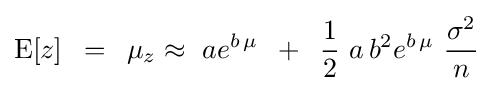
{\rm {E}}[z]\,\,\,=\,\,\,\mu _{z}\approx \,\,ae^{b\,\mu }\,\,\,+\,\,\,{\frac {1}{2}}\,\,a\,b^{2}e^{b\,\mu }\,\,{\frac {\sigma ^{2}}{n}}